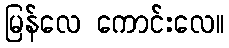
မြန်လေ ကောင်းလေ။